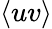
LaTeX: \left<uv\right>